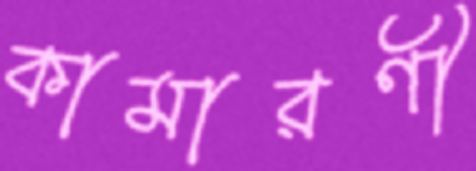
কামারণী